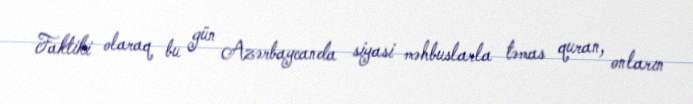
Faktiki olaraq bu gün Azərbaycanda siyasi məhbuslarla təmas quran, onların